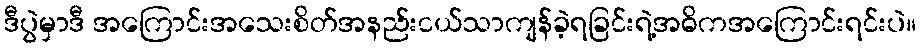
ဒီပွဲမှာဒီ အကြောင်းအသေးစိတ်အနည်းငယ်သာကျန်ခဲ့ရခြင်းရဲ့အဓိကအကြောင်းရင်းပဲ။